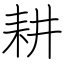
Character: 耕